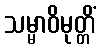
သမ္မာဝိမုတ္တိံ